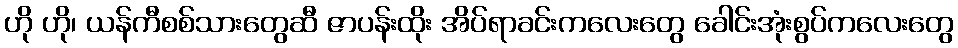
ဟို ဟို၊ ယန်ကီစစ်သားတွေဆီ ဇာပန်းထိုး အိပ်ရာခင်းကလေးတွေ ခေါင်းအုံးစွပ်ကလေးတွေ